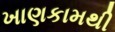
ખાણકામથી